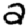
Digit: 2